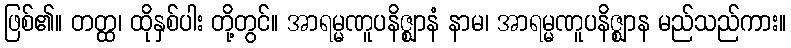
ဖြစ်၏။ တတ္ထ၊ ထိုနှစ်ပါး တို့တွင်။ အာရမ္မဏူပနိဇ္ဈာနံ နာမ၊ အာရမ္မဏူပနိဇ္ဈာန မည်သည်ကား။